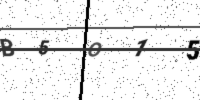
Text: B5O15